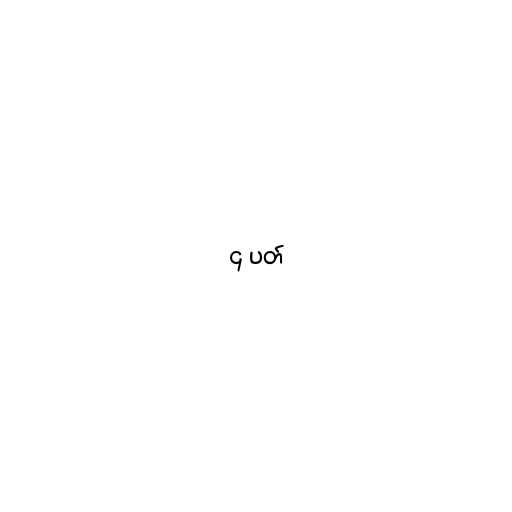
၄ ပတ်